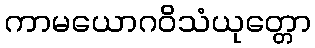
ကာမယောဂဝိသံယုတ္တော